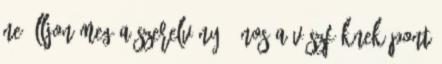
ne álljon meg a szerelvény.” Nos a vészféknek pont